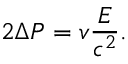
2 \Delta P = v { \frac { E } { c ^ { 2 } } } .